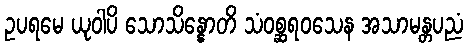
ဥပရမေ ယုဝါပိ သောသိန္နောတိ သံဝစ္ဆရဝသေန အသာမန္တပညံ